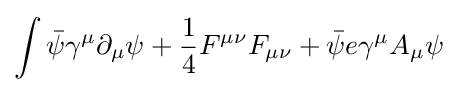
\int {\bar {\psi }}\gamma ^{\mu }\partial _{\mu }\psi +{1 \over 4}F^{\mu \nu }F_{\mu \nu }+{\bar {\psi }}e\gamma ^{\mu }A_{\mu }\psi